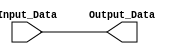
/***********************************************
Module Name:   Bypass
Feature:       Input bypass to output
Coder:         Garfield
Organization:  XXXX Group, Department of Architecture
------------------------------------------------------
Input ports:   Input_Data, 8 bits
Output Ports:  Output_Data, 8 bits, equales Input_Data
------------------------------------------------------
History:
11-27-2015: First Version by Garfield
11-27-2015: Verified by Garfield with Bypass_test in ISE/Modelsim
***********************************************/

module Bypass 
  ( 
    input[7:0] Input_Data,
    output wire[7:0] Output_Data
  );

//Defination for Varables in the module

//Logicals
assign Output_Data =  Input_Data;

endmodule